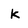
Character: k